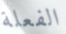
الفعلة